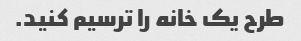
طرح یک خانه را ترسیم کنید.